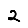
Digit: 2